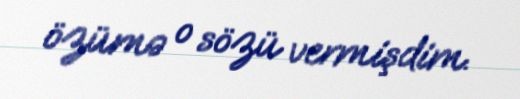
özümə o sözü vermişdim.